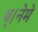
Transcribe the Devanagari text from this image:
थ्।नेमे